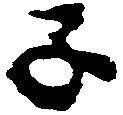
子